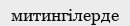
митингілерде